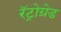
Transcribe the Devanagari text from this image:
रॅट्रोग्रेड